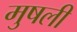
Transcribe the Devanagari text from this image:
मुषली